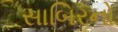
સાબિરનો